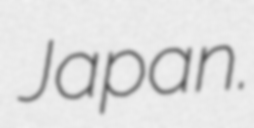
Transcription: Japan.